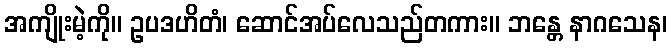
အကျိုးမဲ့ကို။ ဥပဒဟိတံ၊ ဆောင်အပ်လေသည်တကား။ ဘန္တေ နာဂသေန၊